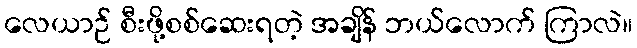
လေယာဉ် စီးဖို့စစ်ဆေးရတဲ့ အချိန် ဘယ်လောက် ကြာလဲ။